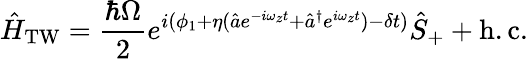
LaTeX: \hat{H}_{\mathrm{TW}}=\frac{\hbar\Omega}{2}e^{i(\phi_{1}+\eta(\hat{a}e^{-i\omega_{z}t}+\hat{a}^{\dagger}e^{i\omega_{z}t})-\delta t)}\hat{S}_{+}+\mathrm{h.c.}